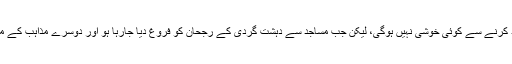
شو کی میزبان کے سوال کے جواب میں انہوں نے کہا کہ انہیں مساجد بند کرنے سے کوئی خوشی نہیں ہوگی، لیکن جب مساجد سے دہشت گردی کے رجحان کو فروغ دیا جارہا ہو اور دوسرے مذاہب کے ماننے والوں کے خلاف نفرت پھیلائی جارہی ہو تو ایسا کرنا ضروری ہے۔